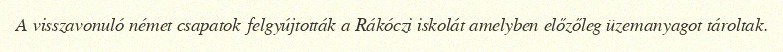
A visszavonuló német csapatok felgyújtották a Rákóczi iskolát amelyben előzőleg üzemanyagot tároltak.